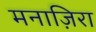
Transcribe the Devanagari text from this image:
मनाज़िरा